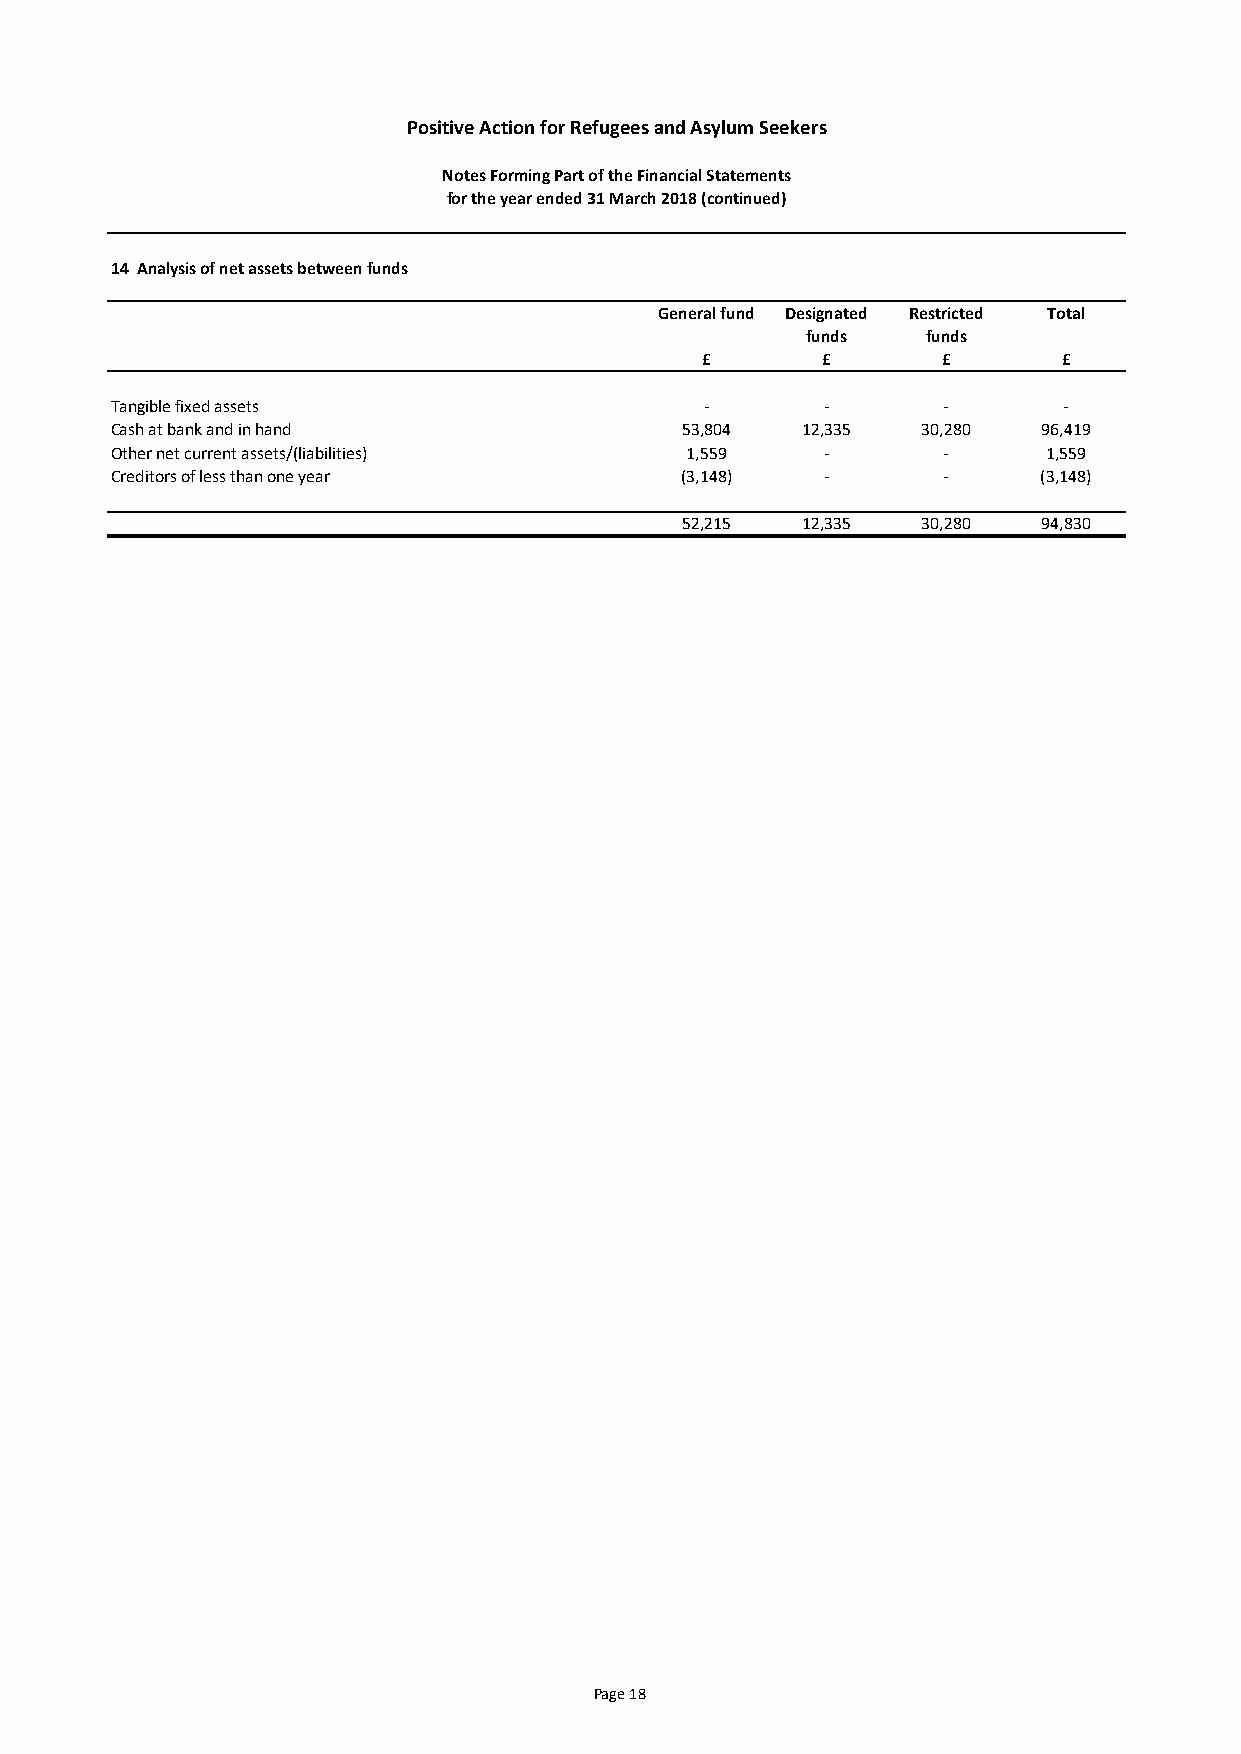
Positive Action for Refugees and Asylum Seekers
 Notes Forming Part of the Financial Statements
 for the year ended 31 March 2018 (continued)
 14 Analysis of net assets between funds
 General fund Designated Restricted Total
 funds   funds
 £       £       £       £
 Tangible fixed assets                   -      -       -       -
 Cash at bank and in hand              53,804  12,335  30,280  96,419
 Other net current assets/(liabilities) 1,559   -       -      1,559
 Creditors of less than one year       (3,148)  -       -      (3,148)
 52,215  12,335  30,280  94,830
 Page 18